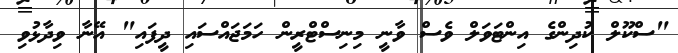
"ސްކޫލް ކުދިންގެ އިންޓަވަލް ވެސް ވާނީ މިނިސްޓްރީން ހަމަޖައްސައި ދީފައި" އޭނާ ވިދާޅުވި